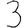
Digit: 3